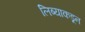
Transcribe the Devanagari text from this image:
लिब्याकडून